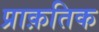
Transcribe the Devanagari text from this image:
प्राक़तिक